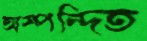
অস্পন্দিত